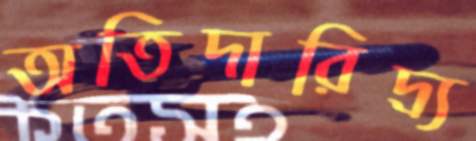
অতিদারিদ্র্য